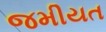
જમીયત